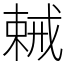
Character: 𢧧